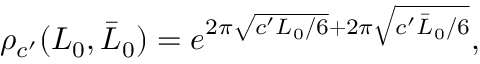
\rho _ { c ^ { \prime } } ( L _ { 0 } , \bar { L } _ { 0 } ) = e ^ { 2 \pi \sqrt { c ^ { \prime } L _ { 0 } / 6 } + 2 \pi \sqrt { c ^ { \prime } \bar { L } _ { 0 } / 6 } } ,